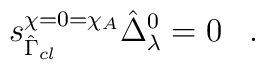
s_{\hat{\Gamma}_{cl}}^{\chi = 0 = \chi_A} \hat{\Delta}_{\lambda}^0 = 0 \; \; \; .